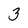
Character: 3